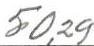
50,29